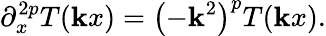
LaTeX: \partial_{x}^{2p}T(\mathbf{k}x)=\left(-\mathbf{k}^{2}\right)^{p}T(\mathbf{k}x).